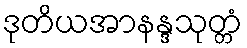
ဒုတိယအာနန္ဒသုတ္တံ